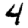
Digit: 4